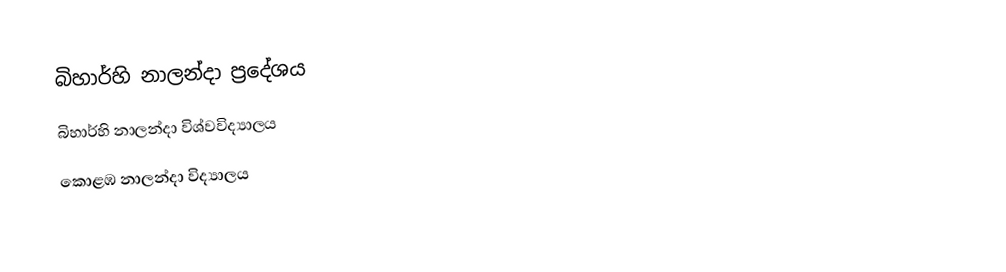
බිහාර්හි නාලන්දා ප්‍රදේශය
 බිහාර්හි නාලන්දා විශ්වවිද්‍යාලය
 කොළඹ නාලන්දා විද්‍යාලය